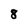
Character: 8